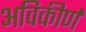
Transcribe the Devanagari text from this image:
अविकीर्ण